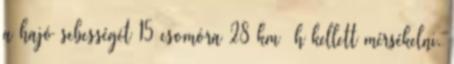
a hajó sebességét 15 csomóra 28 km h kellett mérsékelni.